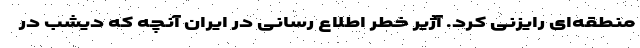
منطقه‌ای رایزنی کرد. آژیر خطر اطلاع رسانی در ایران آنچه که دیشب در